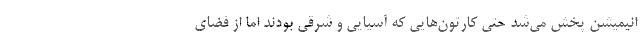
انیمیشن پخش می‌شد حتی کارتون‌هایی که آسیایی و شرقی بودند اما از فضای